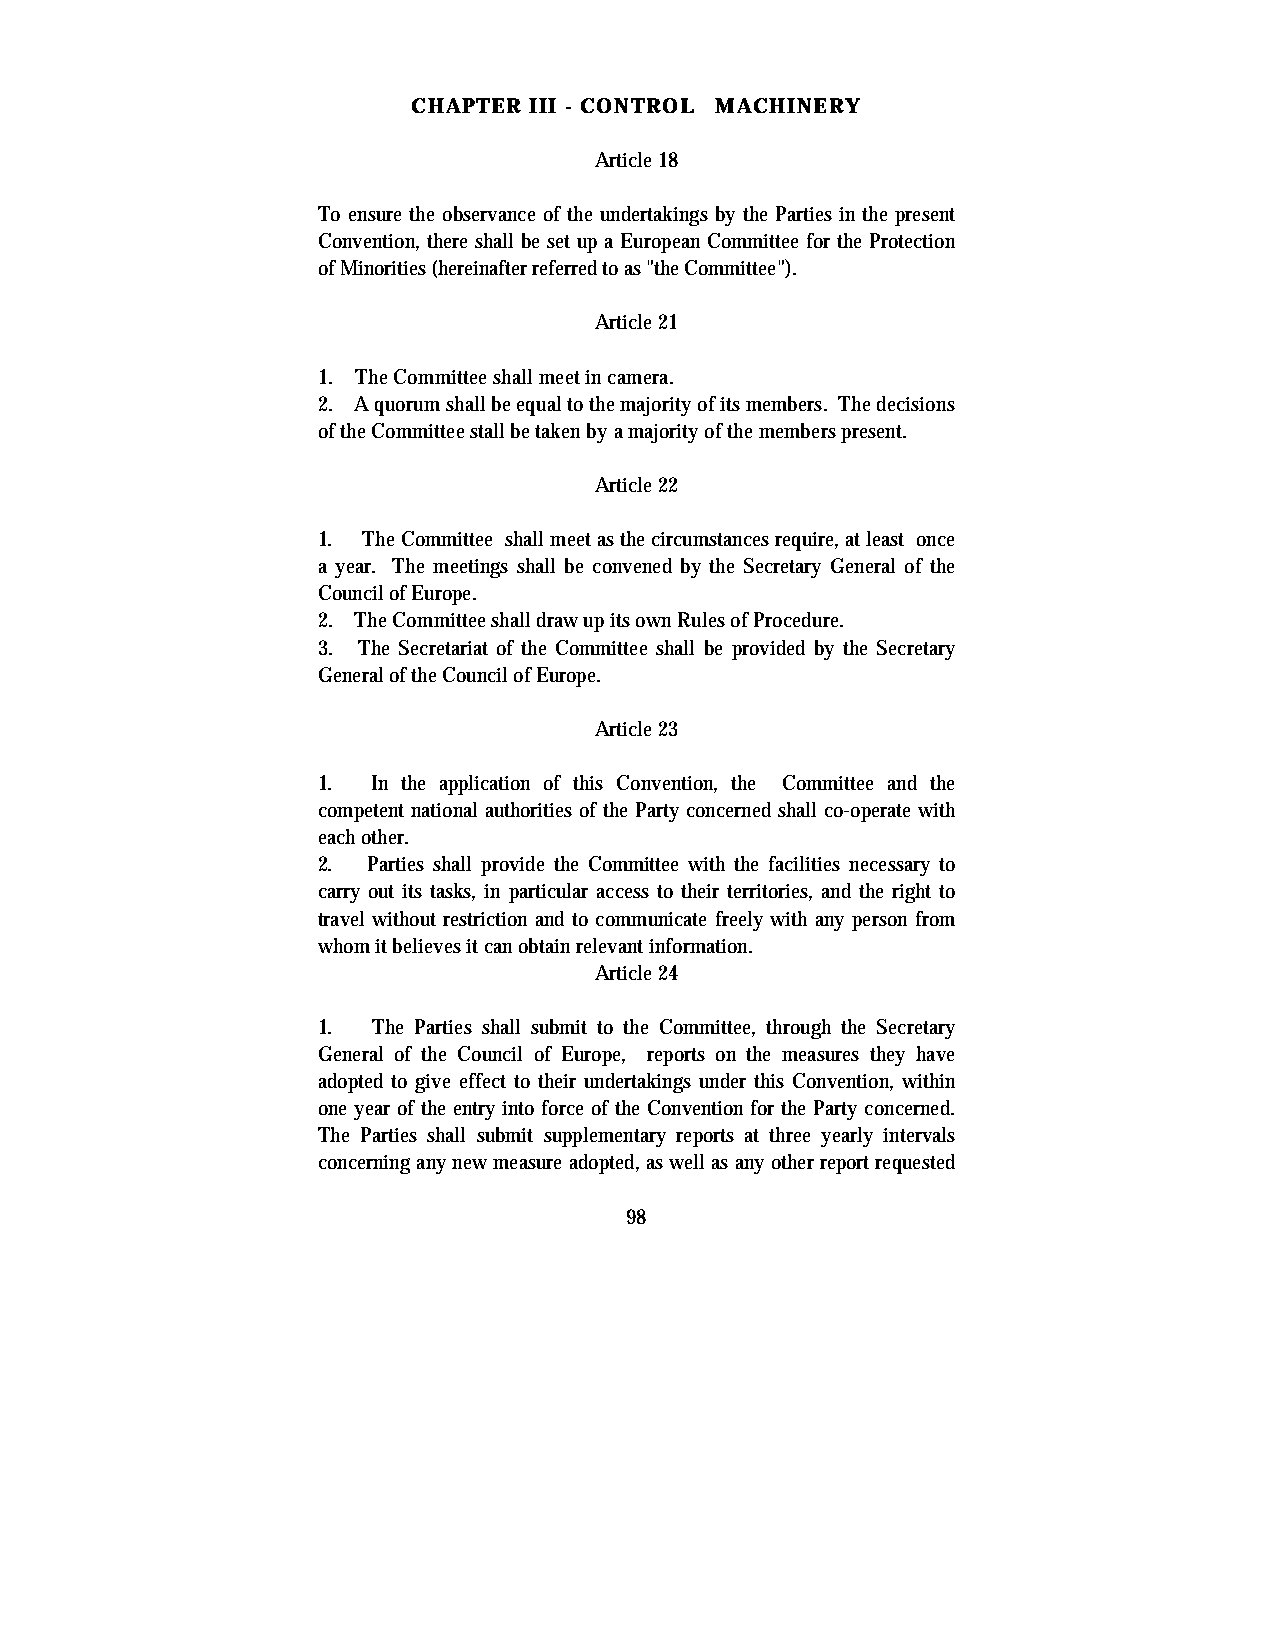
CHAPTER III - CONTROL MACHINERY
 Article 18
 To ensure the observance of the undertakings by the Parties in the present
 Convention, there shall be set up a European Committee for the Protection
 of Minorities (hereinafter referred to as "the Committee").
 Article 21
 1. The Committee shall meet in camera.
 2. A quorum shall be equal to the majority of its members. The decisions
 of the Committee stall be taken by a majority of the members present.
 Article 22
 1. The Committee shall meet as the circumstances require, at least once
 a year. The meetings shall be convened by the Secretary General of the
 Council of Europe.
 2. The Committee shall draw up its own Rules of Procedure.
 3. The Secretariat of the Committee shall be provided by the Secretary
 General of the Council of Europe.
 Article 23
 1.  In the application of this Convention, the Committee and the
 competent national authorities of the Party concerned shall co-operate with
 each other.
 2. Parties shall provide the Committee with the facilities necessary to
 carry out its tasks, in particular access to their territories, and the right to
 travel without restriction and to communicate freely with any person from
 whom it believes it can obtain relevant information.
 Article 24
 1.  The Parties shall submit to the Committee, through the Secretary
 General of the Council of Europe, reports on the measures they have
 adopted to give effect to their undertakings under this Convention, within
 one year of the entry into force of the Convention for the Party concerned.
 The Parties shall submit supplementary reports at three yearly intervals
 concerning any new measure adopted, as well as any other report requested
 98